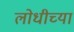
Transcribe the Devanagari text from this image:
लोधीच्या